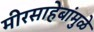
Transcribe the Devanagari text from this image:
मीरसाहेबांमुळे